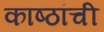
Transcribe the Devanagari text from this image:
काष्ठांची